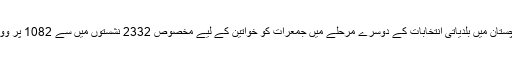
دریں اثناء بلوچستان میں بلدیاتی انتخابات کے دوسرے مرحلے میں جمعرات کو خواتین کے لیے مخصوص 2332 نشستوں میں سے 1082 پر ووٹ ڈالے گئے۔